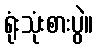
ရုံးသုံးစားပွဲ။